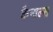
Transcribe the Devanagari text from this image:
कैनाल्स